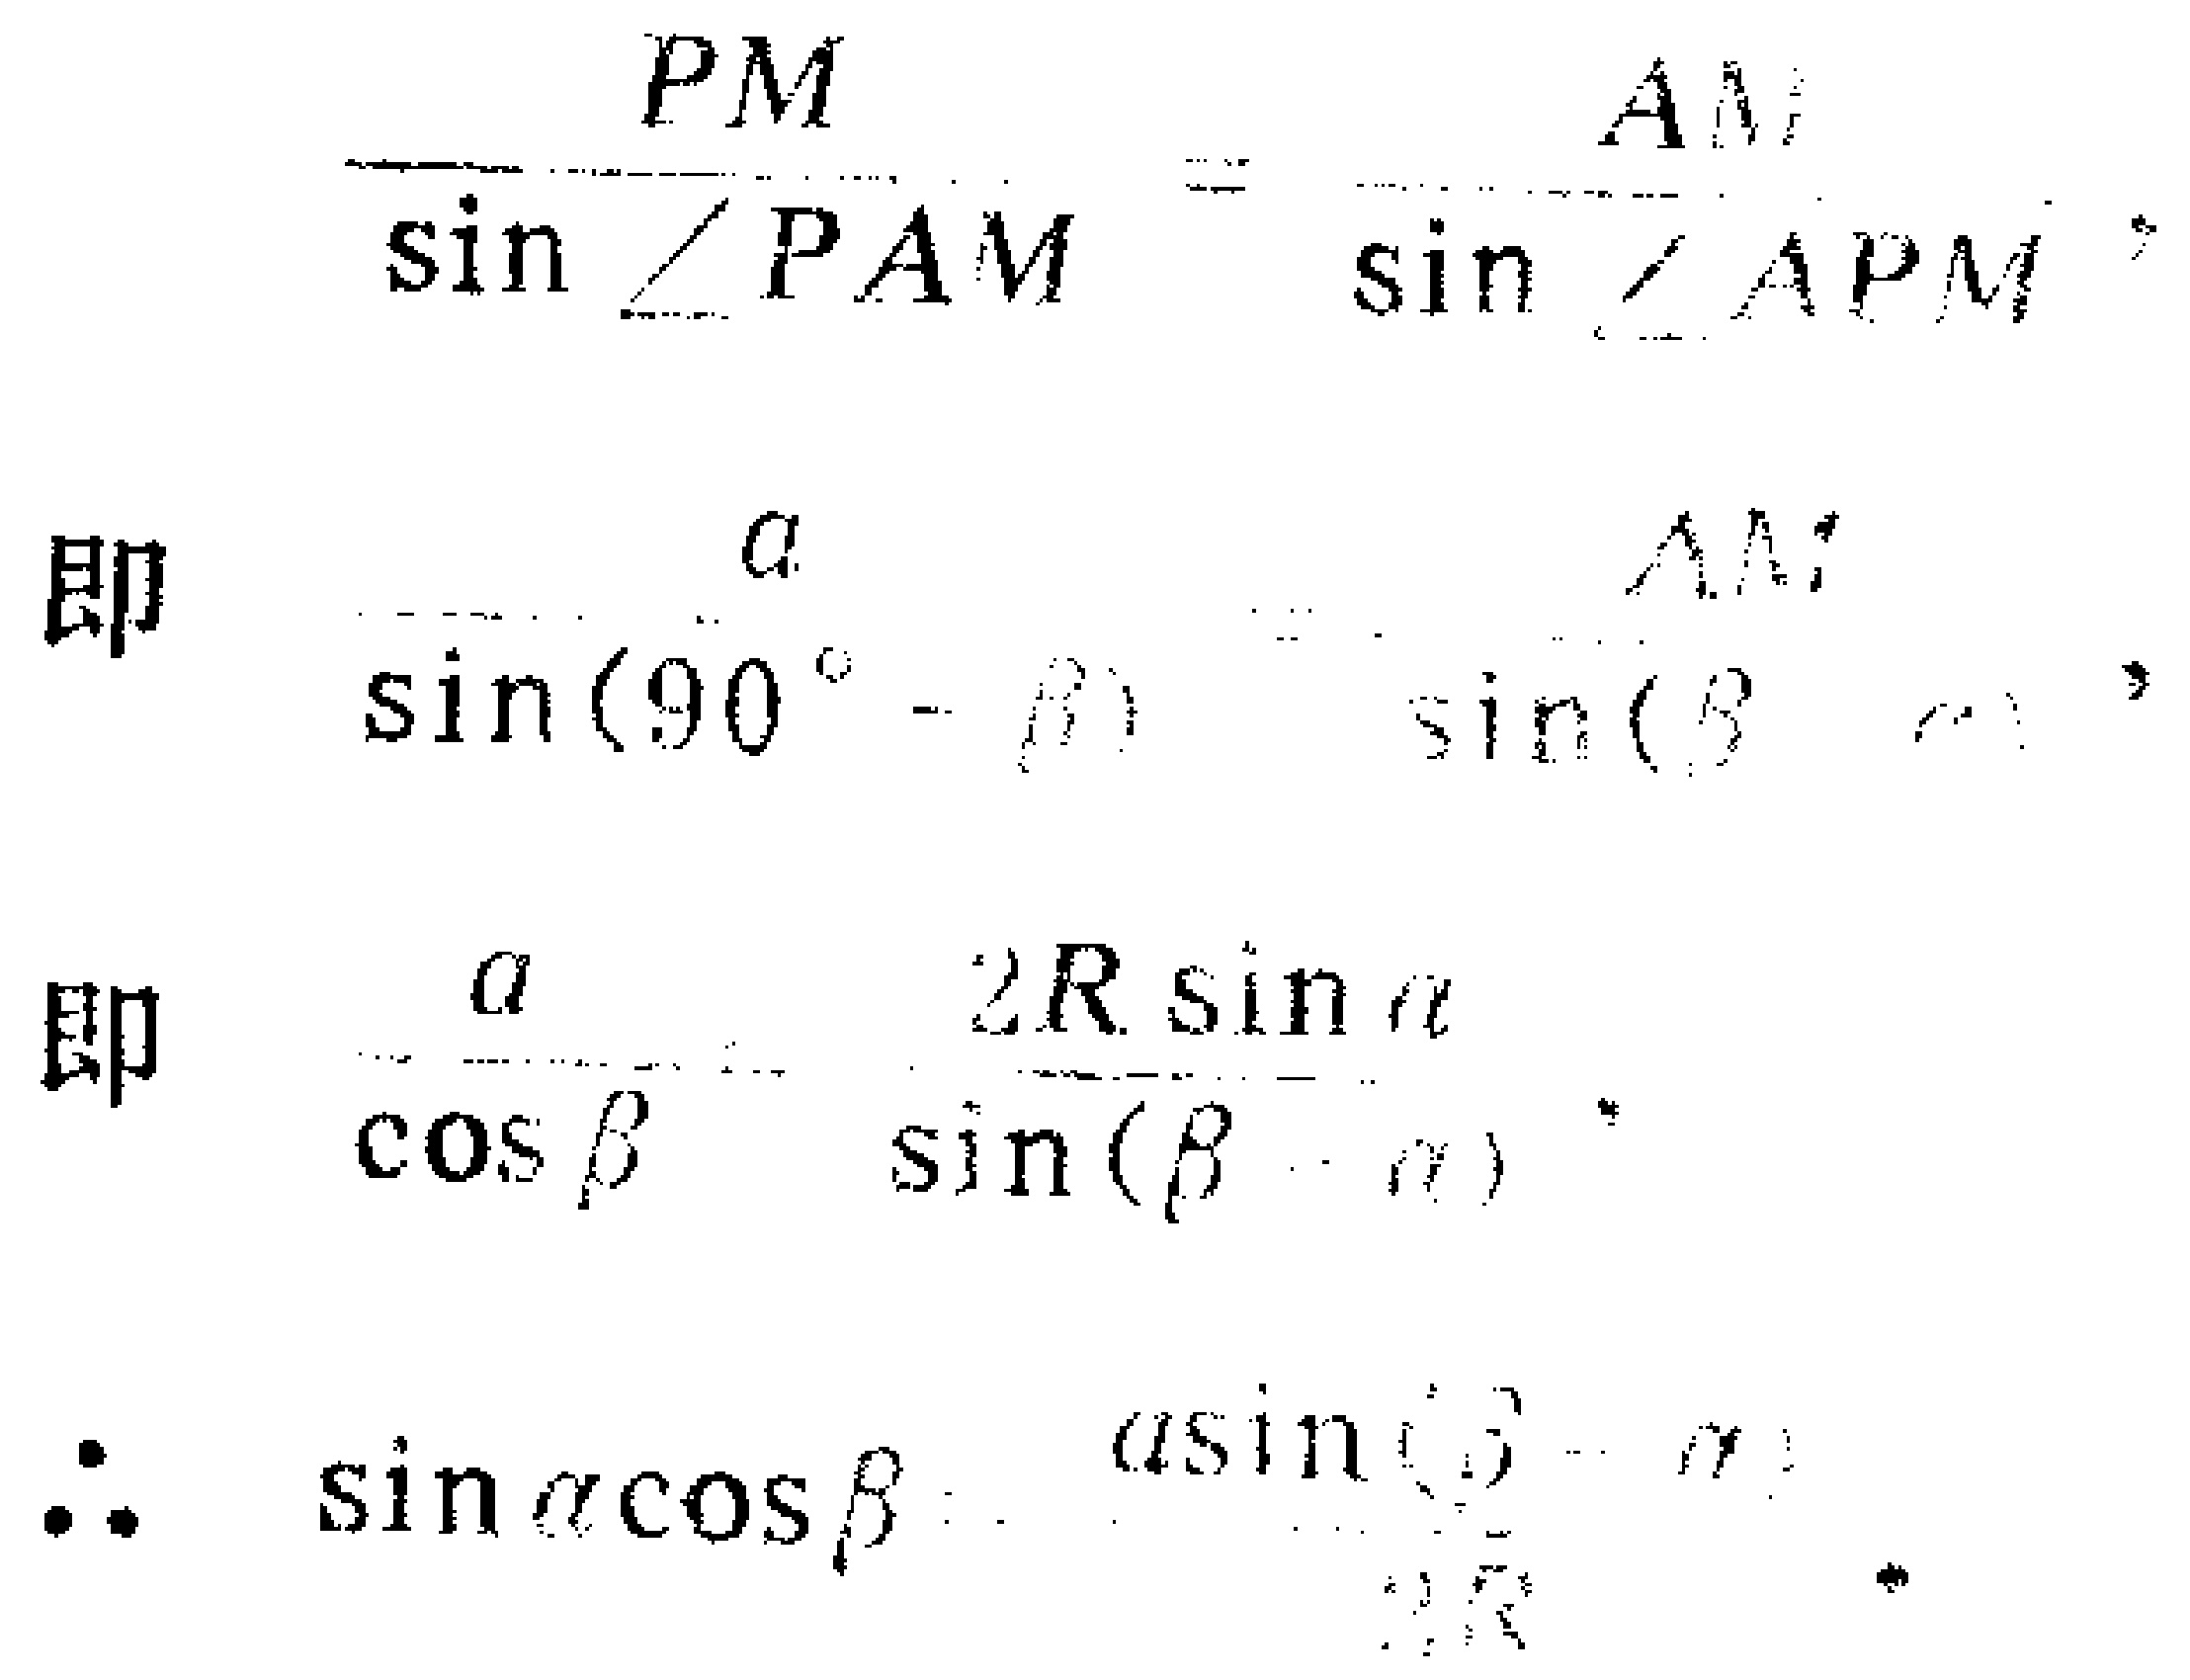
\[

\frac{PM}{\sin\angle PAM}=\frac{AM}{\sin\angle APM},

\]

即

\[

\frac{a}{\sin(90^{\circ}-\beta)}=\frac{AM}{\sin(\beta - \alpha)},

\]

即

\[

\frac{a}{\cos\beta}=\frac{2R\sin\alpha}{\sin(\beta - \alpha)},

\]

\[

\therefore\sin\alpha\cos\beta=\frac{a\sin(\beta - \alpha)}{2R}.

\]